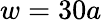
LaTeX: w=30a